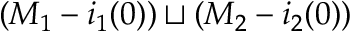
( M _ { 1 } - i _ { 1 } ( 0 ) ) \sqcup ( M _ { 2 } - i _ { 2 } ( 0 ) )